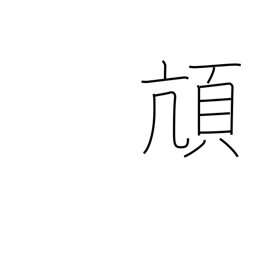
Meaning: alight